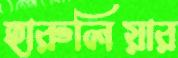
হারুলিয়ার